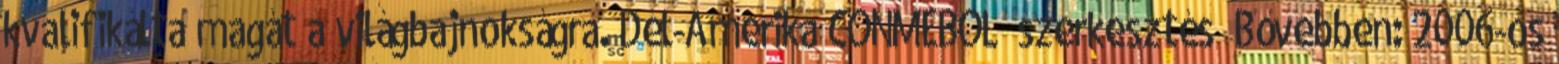
kvalifikálta magát a világbajnokságra. Dél-Amerika CONMEBOL szerkesztés Bővebben: 2006-os